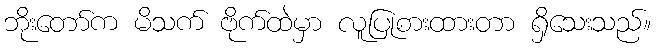
ဘိုးတော်က မိသက် ဗိုက်ထဲမှာ လူပြုစားထားတာ ရှိသေးသည်။